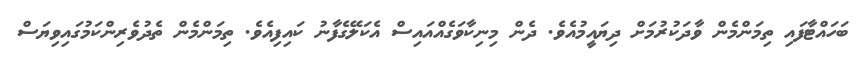
ބަހައްޓާފައި ތިމަންމެން ވާދަކުރުމަށް ދިޔައީމުއެވެ. ދެން މިނިކާވަގެއްއައިސް އެކަލޭގެފާނު ކައިިފިއެވެ. ތިމަންމެން ތެދުވެރިންކަމުގައިވިޔަސް